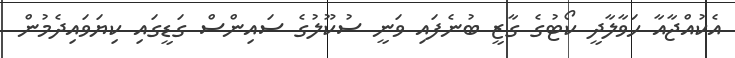
އެކުއްޖާއާ ހަވާލާދީ ކޯޓުގެ ގާޒީ ބުނެފައި ވަނީ ސުކޫލުގެ ސައިންސް ގަޑީގައި ކިޔަވައިދެމުން